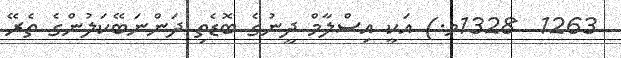
1263  1328މ.) އަކީ އިސްލާމް ދީނުގެ ބޮޑެތި ދަންނަބޭކަލުންގެ ތެރޭ